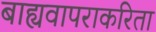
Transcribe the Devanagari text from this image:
बाह्यवापराकरिता